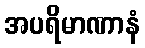
အပရိမာဏာနံ